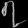
Digit: ၇